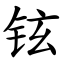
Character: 铉